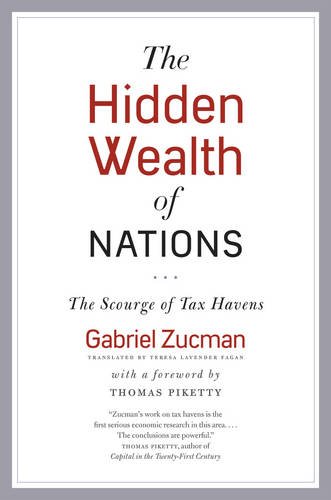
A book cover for The Hidden Wealth of Nations: The Scourge of Tax Havens; Gabriel Zucman; Business & Money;